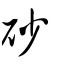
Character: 砂